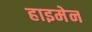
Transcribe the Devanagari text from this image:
हाइमेन